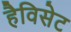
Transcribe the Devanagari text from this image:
हैविसेट